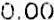
0.00